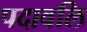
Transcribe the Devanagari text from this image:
पदावलि